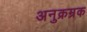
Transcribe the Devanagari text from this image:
अनुक्रम्रक